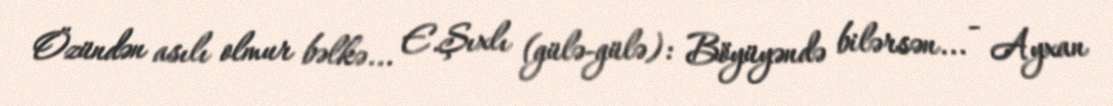
Özündən asılı olmur bəlkə... E.Şıxlı (gülə-gülə): Böyüyəndə bilərsən... - Ayxan